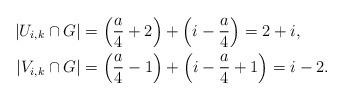
LaTeX: \begin{align*}|U_{i,k} \cap G| & = \left(\frac{a}{4} + 2 \right) + \left(i - \frac{a}{4} \right) = 2 + i,\\|V_{i,k} \cap G| & = \left(\frac{a}{4} - 1 \right) + \left(i - \frac{a}{4} + 1 \right) = i -2.\end{align*}